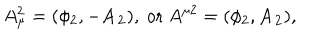
A _ { \mu } ^ { 2 } = ( \phi _ { 2 } , - \mathbf { A _ { 2 } } ) , ~ \mathrm { o r } ~ A ^ { \mu 2 } = ( \phi _ { 2 } , \mathbf { A _ { 2 } } ) ,